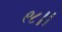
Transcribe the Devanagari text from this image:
९८।।